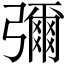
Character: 彌